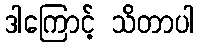
ဒါကြောင့် သိတာပါ